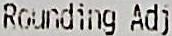
ROUNDING ADJ